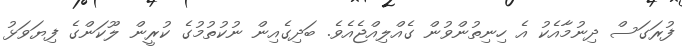
ފުރަގަސް ދިނުމާއެކު އެ ހިނިތުންވުން ގެއްލިއްޖެއެވެ. ބަދިގެއިން ނުކުތުމުގެ ކުރީން ލޫކަންގެ ފިޔަވަޅު